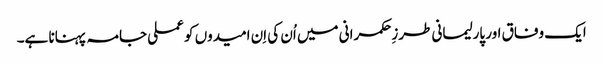
ایک وفاق اور پارلیمانی طرزِحکمرانی میں اُن کی اِن امیدوں کو عملی جامہ پہنانا ہے۔